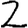
Digit: 2